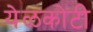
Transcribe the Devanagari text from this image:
येळकोटी